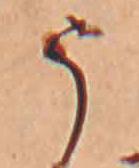
う